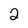
Character: 2